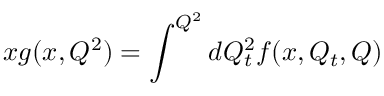
x g ( x , Q ^ { 2 } ) = \int ^ { Q ^ { 2 } } d Q _ { t } ^ { 2 } f ( x , Q _ { t } , Q )